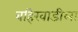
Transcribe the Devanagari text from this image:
बहिरवाडीला